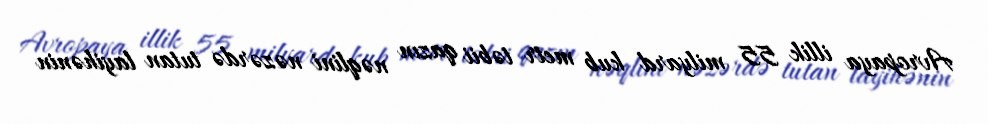
Avropaya illik 55 milyard kub metr təbii qazın nəqlini nəzərdə tutan layihənin